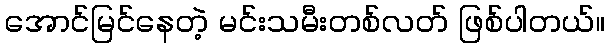
အောင်မြင်နေတဲ့ မင်းသမီးတစ်လတ် ဖြစ်ပါတယ်။